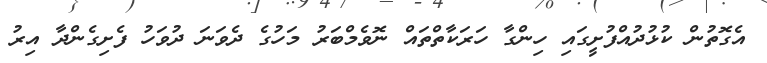
އެގޮތުން ކުޅުދުއްފުށީގައި ހިންގާ ހަރަކާތްތައް ނޮވެމްބަރު މަހުގެ ދެވަނަ ދުވަހު ފެށިގެންދާ އިރު